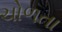
ચોળતા